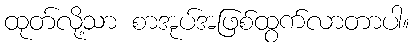
ထုတ်လို့သာ စာအုပ်အဖြစ်ထွက်လာတာပါ။